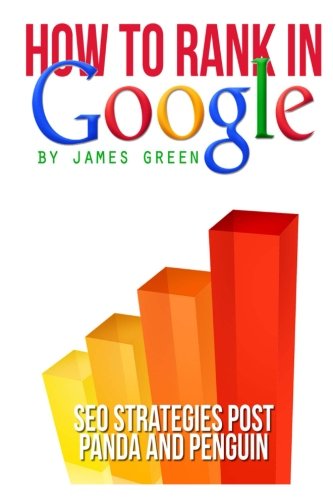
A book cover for How to Rank in Google: SEO Strategies post Panda and Penguin; James Green; Computers & Technology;